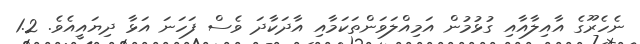
ނެހެރޫގެ އާއިލާއާއި ގުޅުމުން އަމިއްލަވަންތަކަމާއި އާދަކާދަ ވެސް ފަހަނަ އަޅާ ދިޔައީއެވެ. 1.2